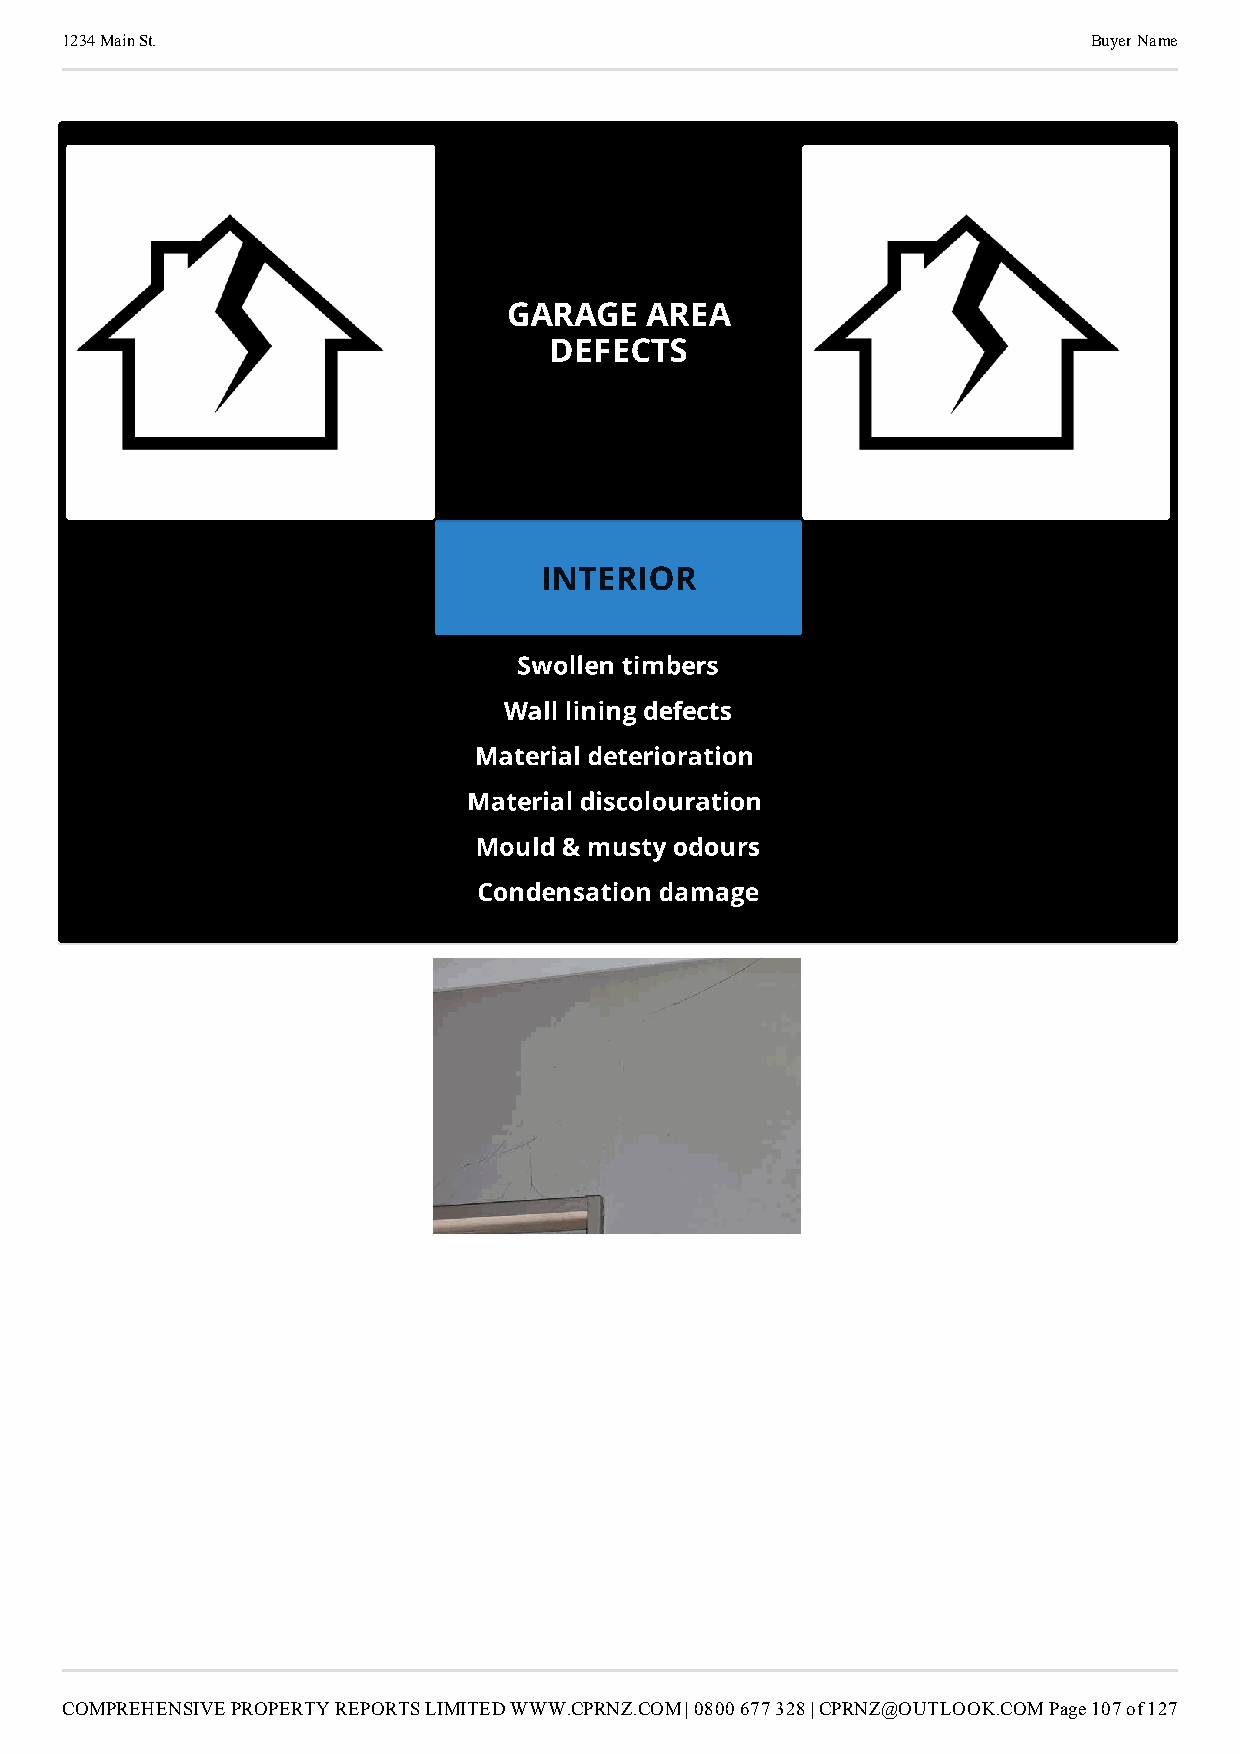
1234 Main St.                                                       Buyer Name
 GARAGE   AREA
 DEFECTS
 INTERIOR                     1.
 Swollen timbers
 Wall lining defects
 Material deterioration
 Material discolouration
 Mould & musty odours
 Condensation damage
 COMPREHENSIVE PROPERTY REPORTS LIMITED WWW.CPRNZ.COM | 0800 677 328 | CPRNZ@OUTLOOK.COMPage 107 of 127